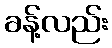
ခန့်လည်း